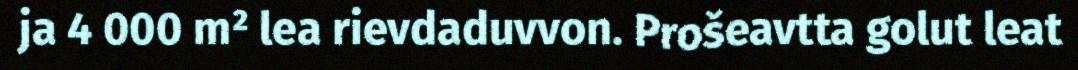
ja 4 000 m² lea rievdaduvvon. Prošeavtta golut leat